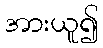
အားယူ၍